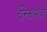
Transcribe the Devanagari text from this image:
दैनिकांमधील